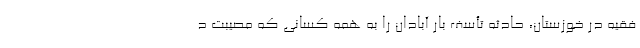
فقیه در خوزستان، حادثه تأسف بار آبادان را به همه کسانی که مصیبت د